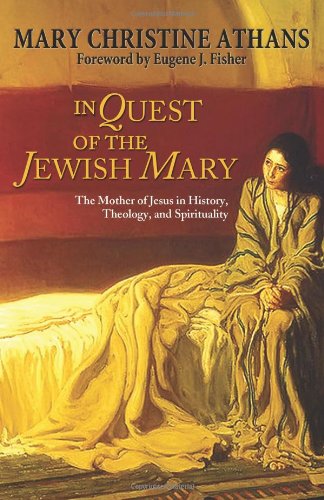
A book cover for In Quest of the Jewish Mary: The Mother of Jesus in History, Theology, and Spirituality; Mary C. Athans; Christian Books & Bibles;